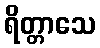
ရိတ္တာသေ